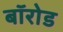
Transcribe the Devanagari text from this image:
बॉरोड